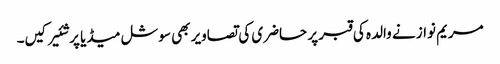
مریم نواز نے والدہ کی قبر پر حاضری کی تصاویر بھی سوشل میڈیا پر شئیر کیں۔